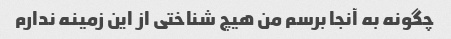
چگونه به آنجا برسم من هیچ شناختی از این زمینه ندارم